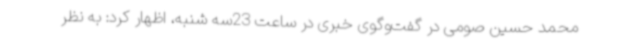
محمد حسین صومی در گفت‌وگوی خبری در ساعت 23سه شنبه، اظهار کرد: به نظر